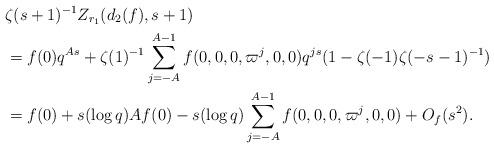
LaTeX: \begin{align*} &\zeta(s+1)^{-1}Z_{r_1}(d_2(f), s+1)\\ &=f(0)q^{As}+\zeta(1)^{-1}\sum_{j=-A}^{A-1} f(0,0,0,\varpi^j,0,0)q^{js}(1-\zeta(-1)\zeta(-s-1)^{-1})\\ &=f(0)+s(\log q)A f(0)-s(\log q)\sum_{j=-A}^{A-1} f(0,0,0,\varpi^j,0,0)+O_f(s^2).\end{align*}